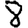
Digit: 8